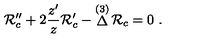
{ \cal R } _ { c } ^ { \prime \prime } + 2 { \frac { z ^ { \prime } } { z } } { \cal R } _ { c } ^ { \prime } - \mathop \Delta ^ { ( 3 ) } { \cal R } _ { c } = 0 \ .